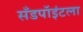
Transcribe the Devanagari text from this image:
सँडपॉइंटला